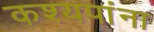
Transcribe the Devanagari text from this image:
कश्यपांना